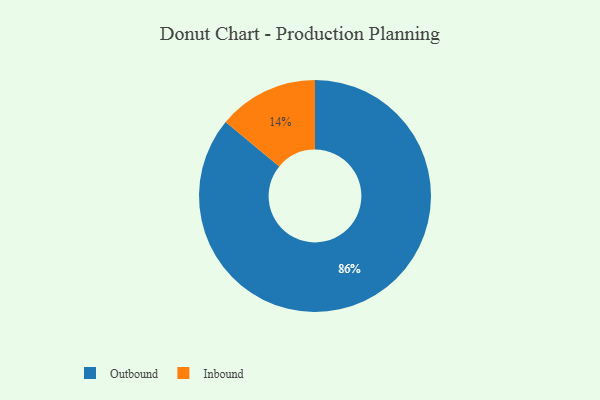
{"axis": {"x": "Category", "y": "Percentage"}, "legend": ["Inbound", "Outbound"], "data": [{"x": "Inbound", "y": 14, "type": "Inbound"}, {"x": "Outbound", "y": 86, "type": "Outbound"}]}